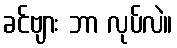
ခင်ဗျား ဘာ လုပ်လဲ။